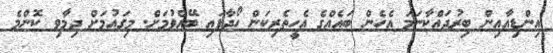
އިންޑިއާއިން ބިރުދައްކާނަމަ އެހެން ބައެއްގެ އެހީތެރިކަން ހޯދާފައި ބޭއްވުމަށް. މިގައުމަށް ދިމާވި ކޮންމެ